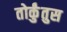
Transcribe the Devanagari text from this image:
तोर्कुंतुस